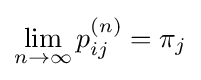
\lim _{n\to \infty }p_{ij}^{(n)}=\pi _{j}